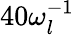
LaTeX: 40\omega_{l}^{-1}